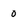
Character: 0